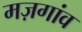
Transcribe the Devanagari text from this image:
मज़गांव